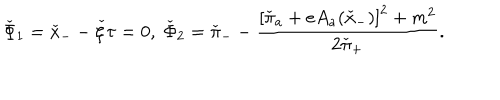
\check { \Phi } _ { 1 } = \check { x } _ { - } - \check { \zeta } \tau = 0 , \; \check { \Phi } _ { 2 } = \check { \pi } _ { - } - \frac { \left[ \check { \pi } _ { a } + e A _ { a } ( \check { x } _ { - } ) \right] ^ { 2 } + m ^ { 2 } } { 2 \check { \pi } _ { + } } .